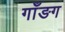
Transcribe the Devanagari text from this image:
गाँङग